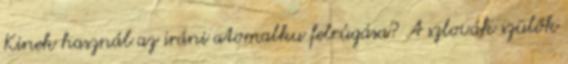
Kinek használ az iráni atomalku felrúgása? A szlovák szülők